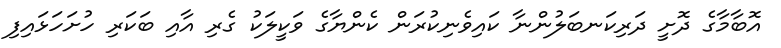
އޮބާމާގެ ދޮށީ ދަރިކަނބަލުންނާ ކައިވެނިކުރަން ކެންޔާގެ ވަކީލަކު ގެރި އާއި ބަކަރި ހުށަހަޅައިފި